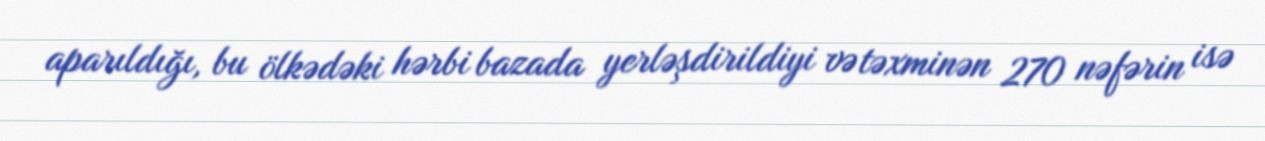
aparıldığı, bu ölkədəki hərbi bazada yerləşdirildiyi və təxminən 270 nəfərin isə